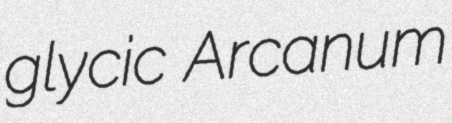
glycic Arcanum